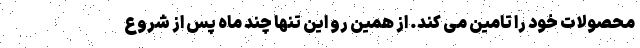
محصولات خود را تامین می کند. از همین رو این تنها چند ماه پس از شروع